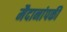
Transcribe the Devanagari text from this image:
मैदानांपकी